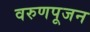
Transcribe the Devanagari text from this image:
वरुणपूजन